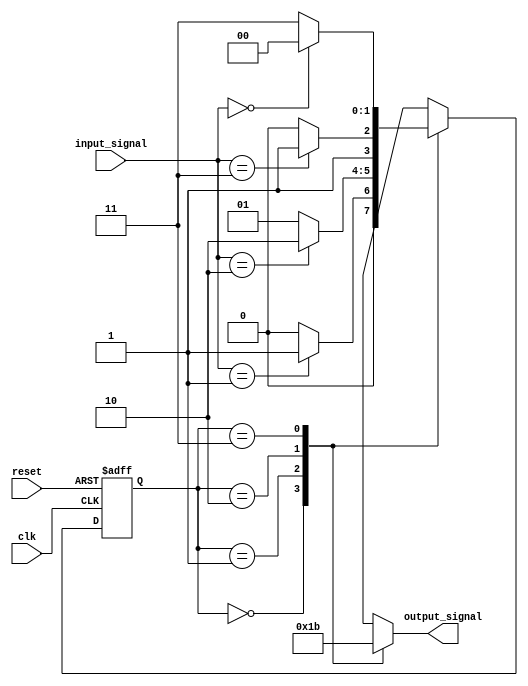
module ParameterizedStateMachine #(
    parameter NUM_STATES = 4,           // Number of states
    parameter INPUT_WIDTH = 2,          // Width of input signals
    parameter OUTPUT_WIDTH = 2           // Width of output signals
) (
    input wire clk,                      // Clock signal
    input wire reset,                    // Reset signal
    input wire [INPUT_WIDTH-1:0] input_signal, // Input signals
    output reg [OUTPUT_WIDTH-1:0] output_signal // Output signals
);

    // State encoding using localparams
    localparam [1:0] 
        STATE_0 = 2'b00,
        STATE_1 = 2'b01,
        STATE_2 = 2'b10,
        STATE_3 = 2'b11;

    // State variable
    reg [1:0] current_state, next_state;

    // State transition logic
    always @(*) begin
        case (current_state)
            STATE_0: begin
                if (input_signal == 2'b01)
                    next_state = STATE_1;
                else
                    next_state = STATE_0;
            end
            STATE_1: begin
                if (input_signal == 2'b10)
                    next_state = STATE_2;
                else
                    next_state = STATE_1;
            end
            STATE_2: begin
                if (input_signal == 2'b11)
                    next_state = STATE_3;
                else
                    next_state = STATE_2;
            end
            STATE_3: begin
                if (input_signal == 2'b00)
                    next_state = STATE_0;
                else
                    next_state = STATE_3;
            end
            default: next_state = STATE_0; // Default case
        endcase
    end

    // Output logic based on current state
    always @(*) begin
        case (current_state)
            STATE_0: output_signal = 2'b00;
            STATE_1: output_signal = 2'b01;
            STATE_2: output_signal = 2'b10;
            STATE_3: output_signal = 2'b11;
            default: output_signal = 2'b00; // Default case
        endcase
    end

    // State update logic
    always @(posedge clk or posedge reset) begin
        if (reset) begin
            current_state <= STATE_0; // Initialize to the first state
        end else begin
            current_state <= next_state; // Update to the next state
        end
    end

endmodule